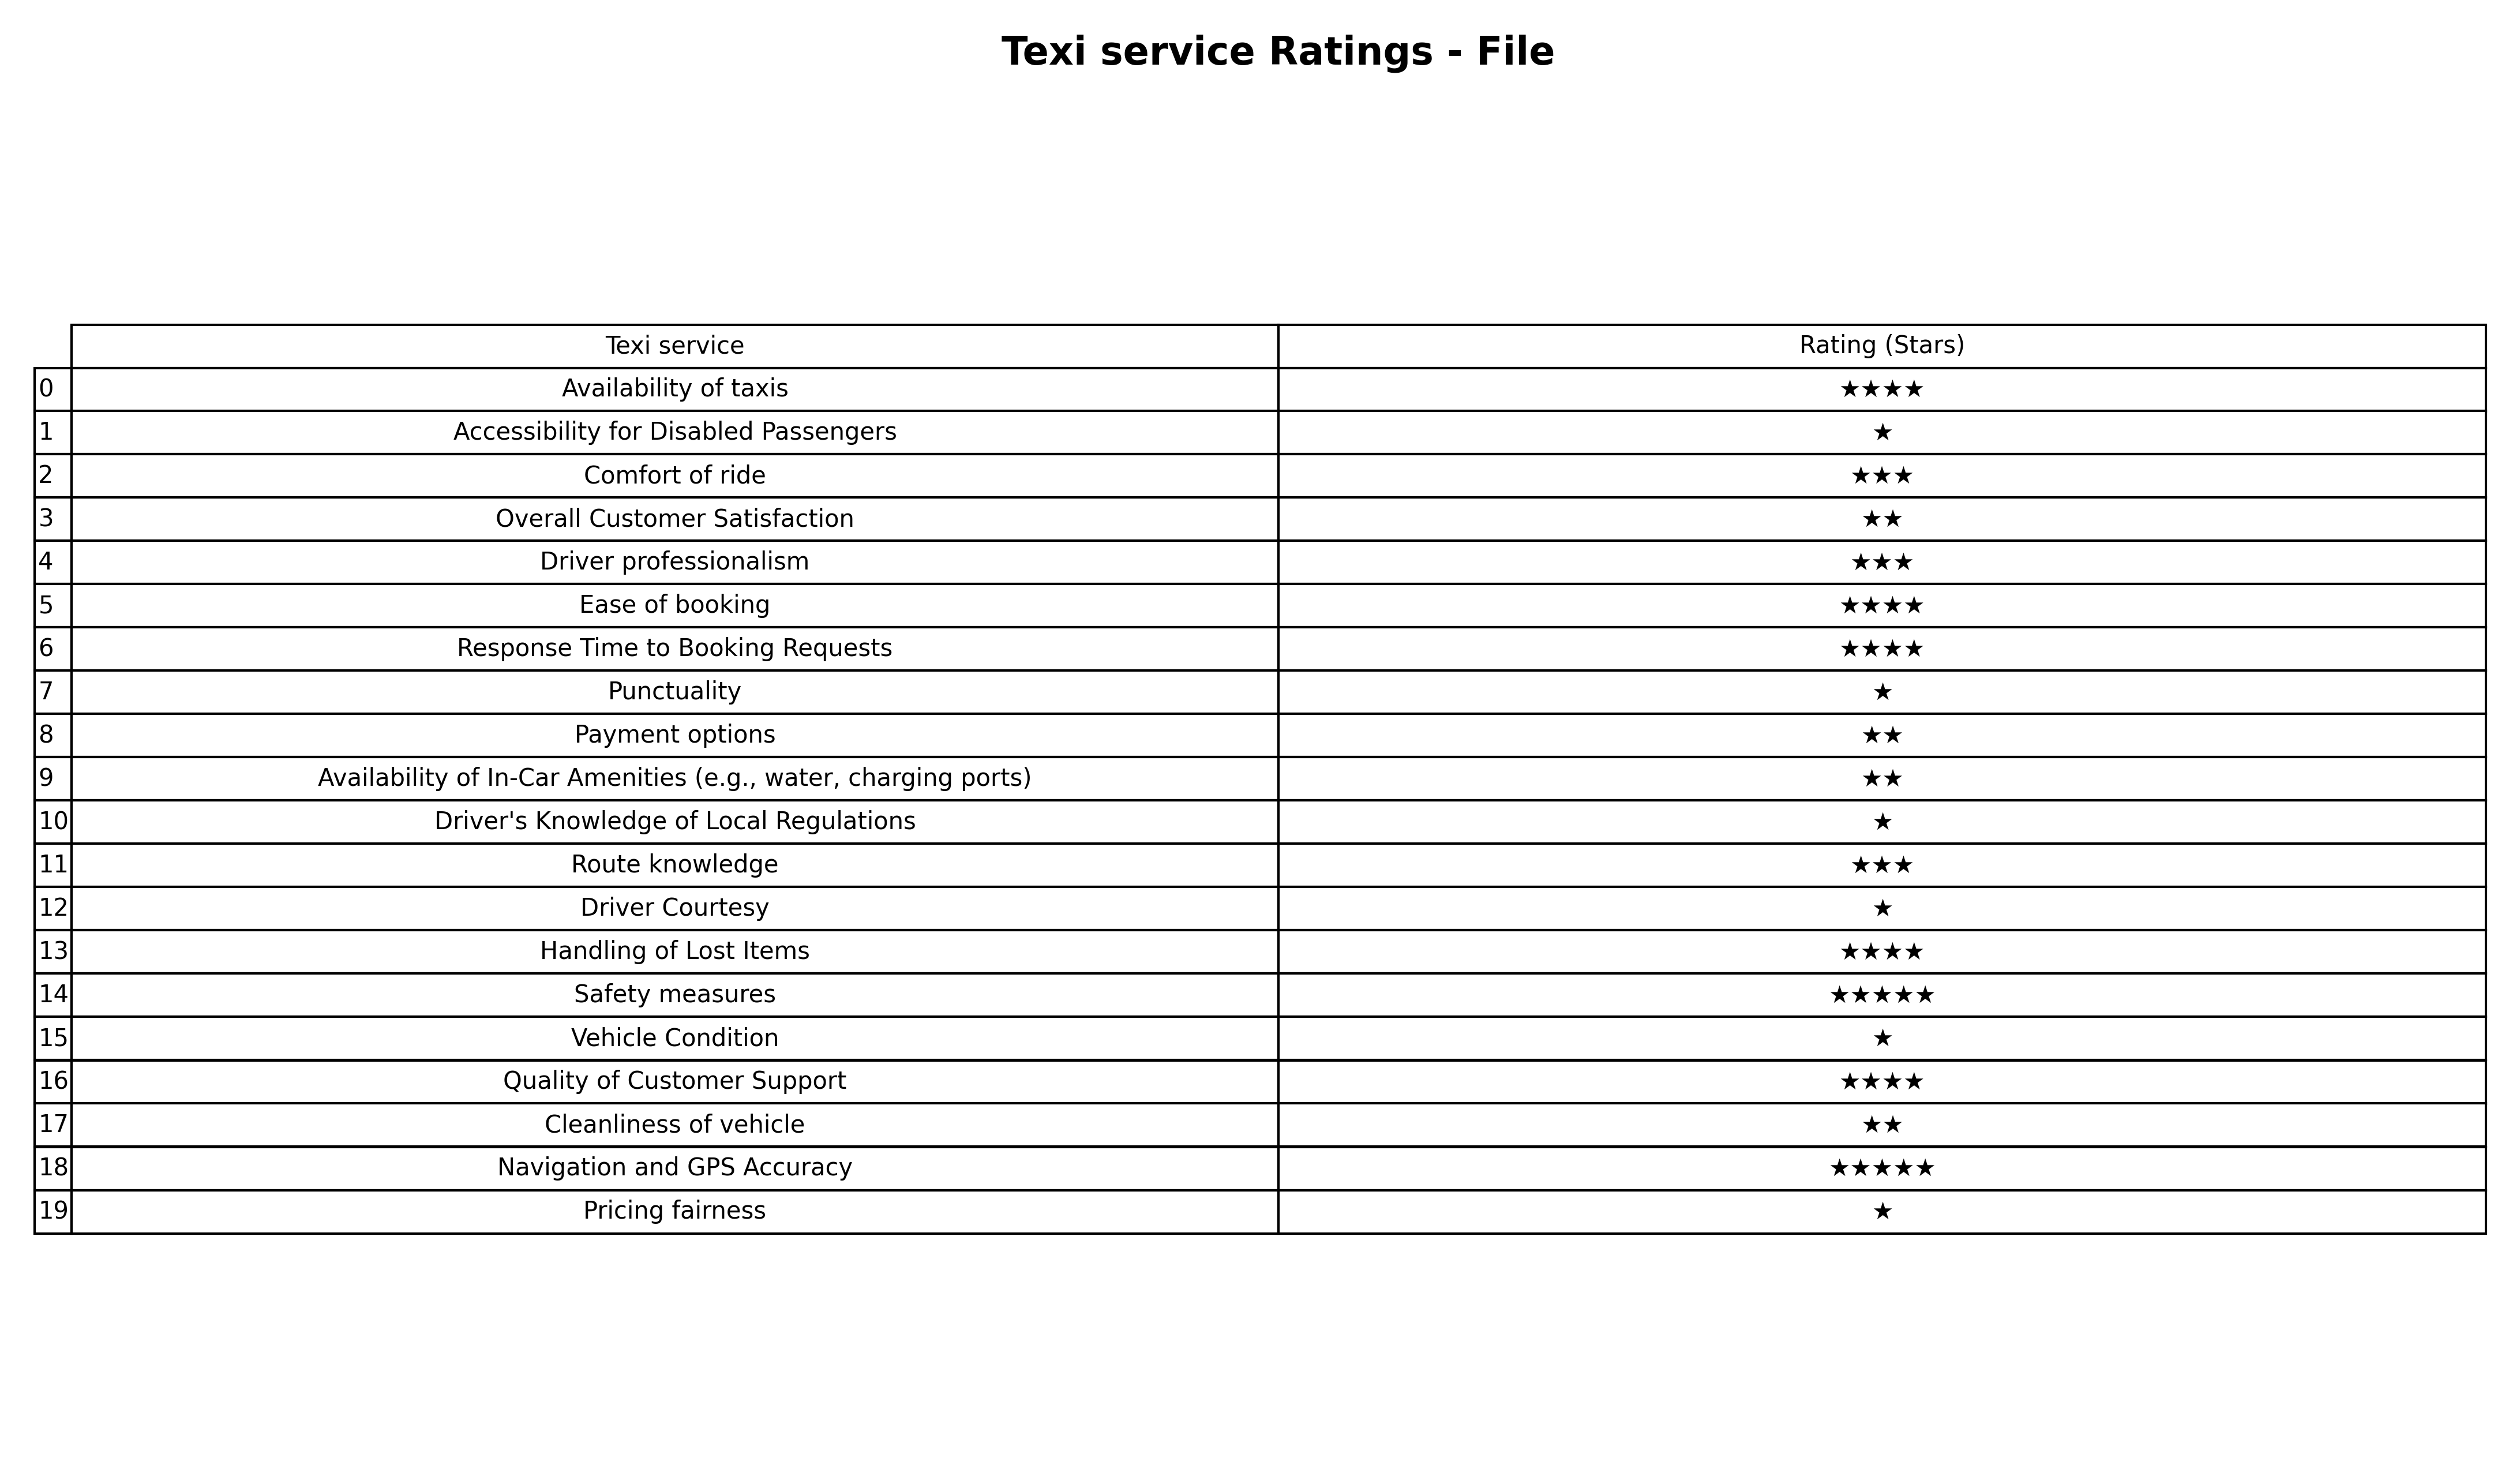
question: What are lowest rating services?
answer: Safety measuresNavigation and GPS Accuracy